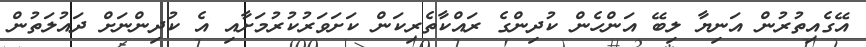
އޭގެއިތުރުން އަނިޔާ ލިބޭ އަންހެން ކުދިންގެ ރައްކާތެރިކަން ކަށަވަރުކުރުމަށާއި އެ ކުދިންނަށް ދައުލަތުން